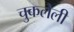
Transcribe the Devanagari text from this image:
चुकलेली